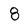
Character: 8